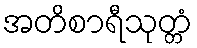
အတိစာရီသုတ္တံ